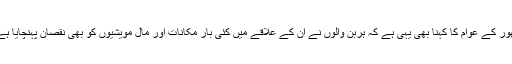
تھور کے عوام کا کہنا بھی یہی ہے کہ ہربن والوں نے ان کے علاقے میں کئی بار مکانات اور مال مویشیوں کو بھی نقصان پہنچایا ہے۔